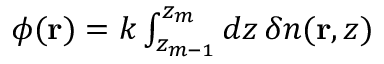
\begin{array} { r } { \phi ( \mathbf { r } ) = k \int _ { z _ { m - 1 } } ^ { z _ { m } } d z \, \delta n ( \mathbf { r } , z ) } \end{array}